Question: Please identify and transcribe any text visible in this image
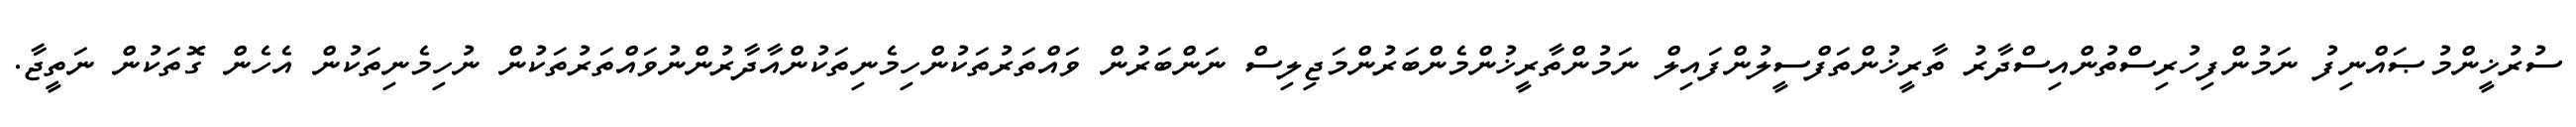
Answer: ސުރުޚީންމުޞައްނިފު ނަމުންފިހުރިސްތުންއިސްދާރު ތާރީޚުންތަފްސީލުންފައިލް ނަމުންތާރީޚުންމެންބަރުންމަޖިލިސް ނަންބަރުން ވައްތަރުތަކުންހިމެނިތަކުންއާދާރުންނުވައްތަރުތަކުން ނުހިމެނިތަކުން އެހެން ގޮތަކުން ނަތީޖާ.